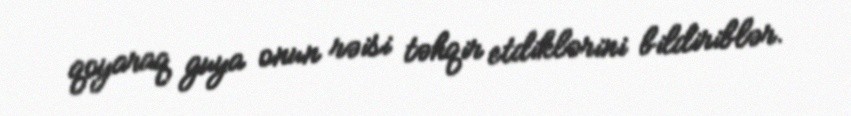
qoyaraq guya onun rəisi təhqir etdiklərini bildiriblər.